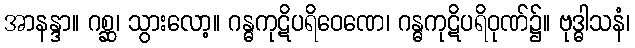
အာနန္ဒာ။ ဂစ္ဆ၊ သွားလော့။ ဂန္ဓကုဋိပရိဝေဏေ၊ ဂန္ဓကုဋိပရိဝုဏ်၌။ ဗုဒ္ဓါသနံ၊